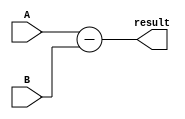
module Subtract(A, B, result);
parameter n= 16;
input [(n-1):0] A, B;
output [(n-1):0] result;

assign result = A-B;

endmodule